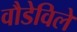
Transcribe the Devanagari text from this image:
वौडेविले